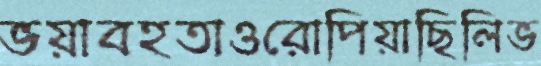
ভয়াবহতাওরোপিয়াছিলিভ